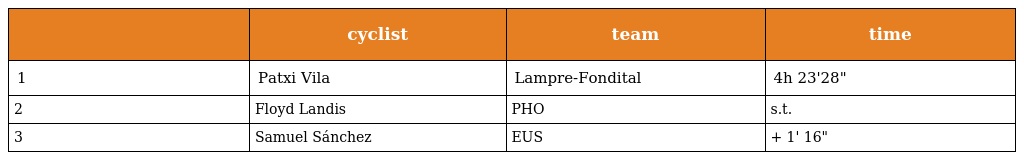
|  | cyclist | team | time |
 | --- | --- | --- | --- |
 | 1 | Patxi Vila | Lampre-Fondital | 4h 23'28" |
 | 2 | Floyd Landis | PHO | s.t. |
 | 3 | Samuel Sánchez | EUS | + 1' 16" |